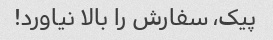
پیک، سفارش را بالا نیاورد!